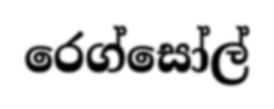
රෙග්සෝල්